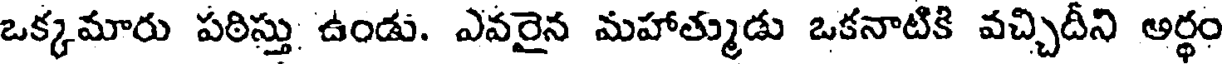
ఒక్కమారు పఠిస్తు ఉండు. ఎవరైన మహాత్ముడు ఒకనాటికి వచ్చిదీని అర్థం